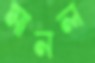
মানল